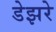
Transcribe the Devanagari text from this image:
डेझरे